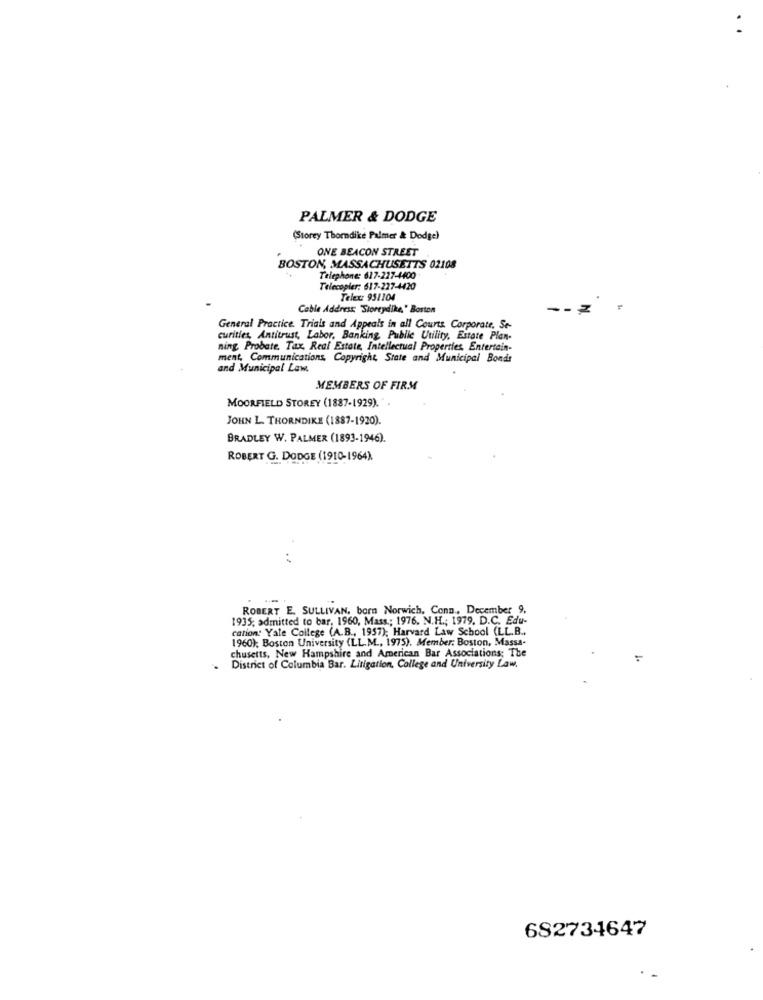
PALMER & DODGE
(Storey Thorndike Palmer & Dodge)
ONE BEACON STREET
BOSTON, MASSACHUSETTS 02108
Telephone: 617-227-4400
Telecopier: 617-227-4420
Telex: 951104
Cable Address: "Storeydike," Boston
General Practice. Trials and Appeals in all Courts Corporate, Se-
curities, Antitrust, Labor, Banking Public Utility, Estate Plan-
ning Probate, Tax, Real Estate, Intellectual Properties, Entertain-
ment, Communications, Copyright, State and Municipal Bonds
and Municipal Law.
MEMBERS OF FIRM
MOORFIELD STOREY (1887-1929).".
JOHN L. THORNDIKE (1887-1920).
BRADLEY W. PALMER (1893-1946).
ROBERT G. DODGE (1910-1964)
. Dop
ROBERT E. SULLIVAN, born Norwich, Conn ., December 9,
1935; admitted to bar, 1960, Mass .; 1976. N.H .; 1979. D.C. Edu-
cation. Yale College (A.B ., 1957); Harvard Law School (LL.B .,
1960); Boston University (LL.M ., 1975). Member: Boston, Massa-
chusetts, New Hampshire and American Bar Associations; The
:
District of Columbia Bar. Litigation, College and University Law.
682734647